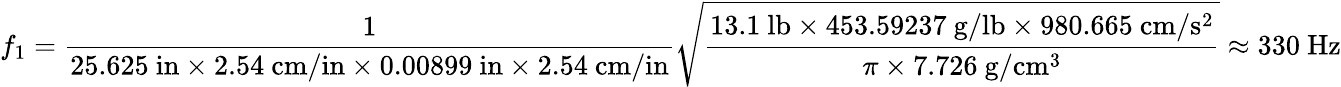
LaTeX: f_{1}={\frac{1}{25.625\ \mathrm{in}\times 2.54\ \mathrm{cm/in}\times 0.00899\ \mathrm{in}\times 2.54\ \mathrm{cm/in}}}{\sqrt{\frac{13.1\ \mathrm{lb}\times 453.59237\ \mathrm{g/lb}\times 980.665\ \mathrm{cm/s^{2}}}{\pi\times 7.726\ \mathrm{g/cm^{3}}}}}\approx 330\ \mathrm{Hz}